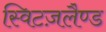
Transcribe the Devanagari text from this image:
स्विटज़लैण्ड